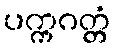
ပက္ကဂတ္တံ